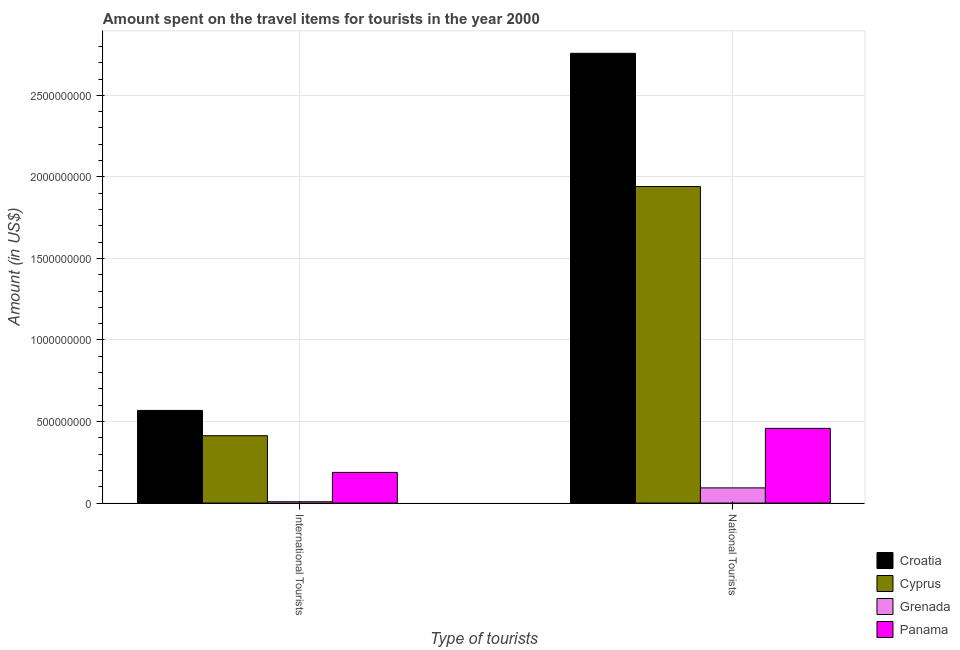
| Type of tourists | Croatia | Cyprus | Grenada | Panama |
 | --- | --- | --- | --- | --- |
 | International Tourists | 5.68e+08 | 4.13e+08 | 8e+06 | 1.88e+08 |
 | National Tourists | 2.76e+09 | 1.94e+09 | 9.3e+07 | 4.58e+08 |